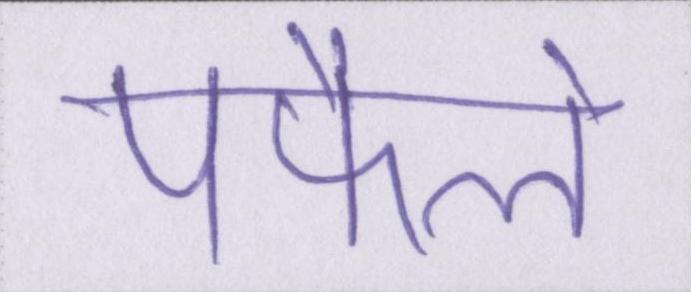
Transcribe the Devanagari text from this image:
पफैले